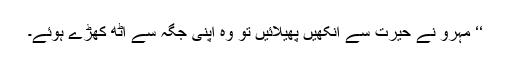
‘‘ مہرو نے حیرت سے آنکھیں پھیلائیں تو وہ اپنی جگہ سے اٹھ کھڑے ہوئے۔